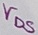
Text: VDS